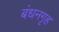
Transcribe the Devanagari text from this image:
बंधनगृह